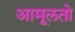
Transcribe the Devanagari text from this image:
आमूलतो